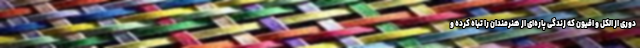
دوری از الکل و افیون که زندگی پاره‌ای از هنرمندان را تباه کرده و